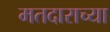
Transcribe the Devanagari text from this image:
मतदाराच्या